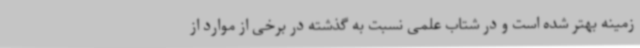
زمینه بهتر شده است و در شتاب علمی نسبت به گذشته در برخی از موارد از